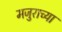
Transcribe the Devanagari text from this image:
मजुराच्या